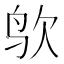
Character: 𪉁